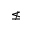
\nleq